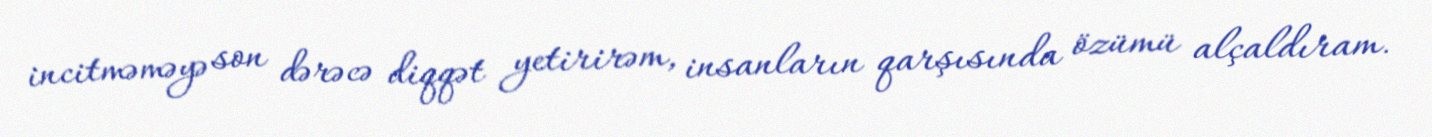
incitməməyə son dərəcə diqqət yetirirəm, insanların qarşısında özümü alçaldıram.